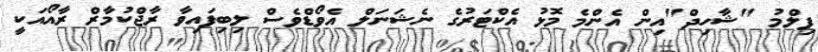
ފިލްމު "ޝާހިދް"އިން އެންމެ މޮޅު އެކްޓަރުގެ ނެޝަނަލް އެވޯޑްވެސް ލިބިފައިވާ ރާޖްކުމާރް ރާއޯއަކީ